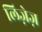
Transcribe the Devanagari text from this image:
लिज़ेज़